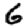
Digit: 6